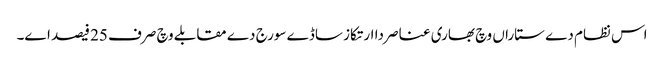
اس نظام دے ستاراں وچ بھاری عناصر دا ارتکاز ساڈے سورج دے مقابلے وچ صرف 25 فیصد ا‏‏ے۔